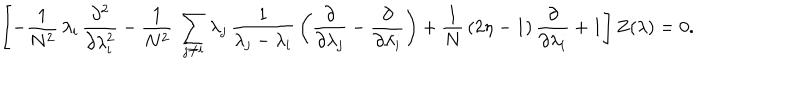
LaTeX: \left[ - \frac { 1 } { N ^ { 2 } } \, \lambda _ { i } \, \frac { \partial ^ { 2 } } { \partial \lambda _ { i } ^ { 2 } } - \frac { 1 } { N ^ { 2 } } \, \sum _ { j \neq i } \lambda _ { j } \, \frac { 1 } { \lambda _ { j } - \lambda _ { i } } \, \left( \frac { \partial } { \partial \lambda _ { j } } - \frac { \partial } { \partial \lambda _ { i } } \right) + \frac { 1 } { N } \, ( 2 \eta - 1 ) \, \frac { \partial } { \partial \lambda _ { i } } + 1 \right] Z ( \lambda ) = 0 .